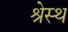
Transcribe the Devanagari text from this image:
श्रेस्थ